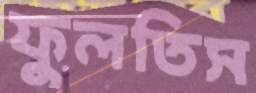
ফুলতিস